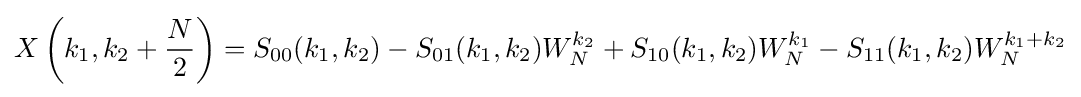
X\left(k_{1},k_{2}+{\frac {N}{2}}\right)=S_{00}(k_{1},k_{2})-S_{01}(k_{1},k_{2})W_{N}^{k_{2}}+S_{10}(k_{1},k_{2})W_{N}^{k_{1}}-S_{11}(k_{1},k_{2})W_{N}^{k_{1}+k_{2}}